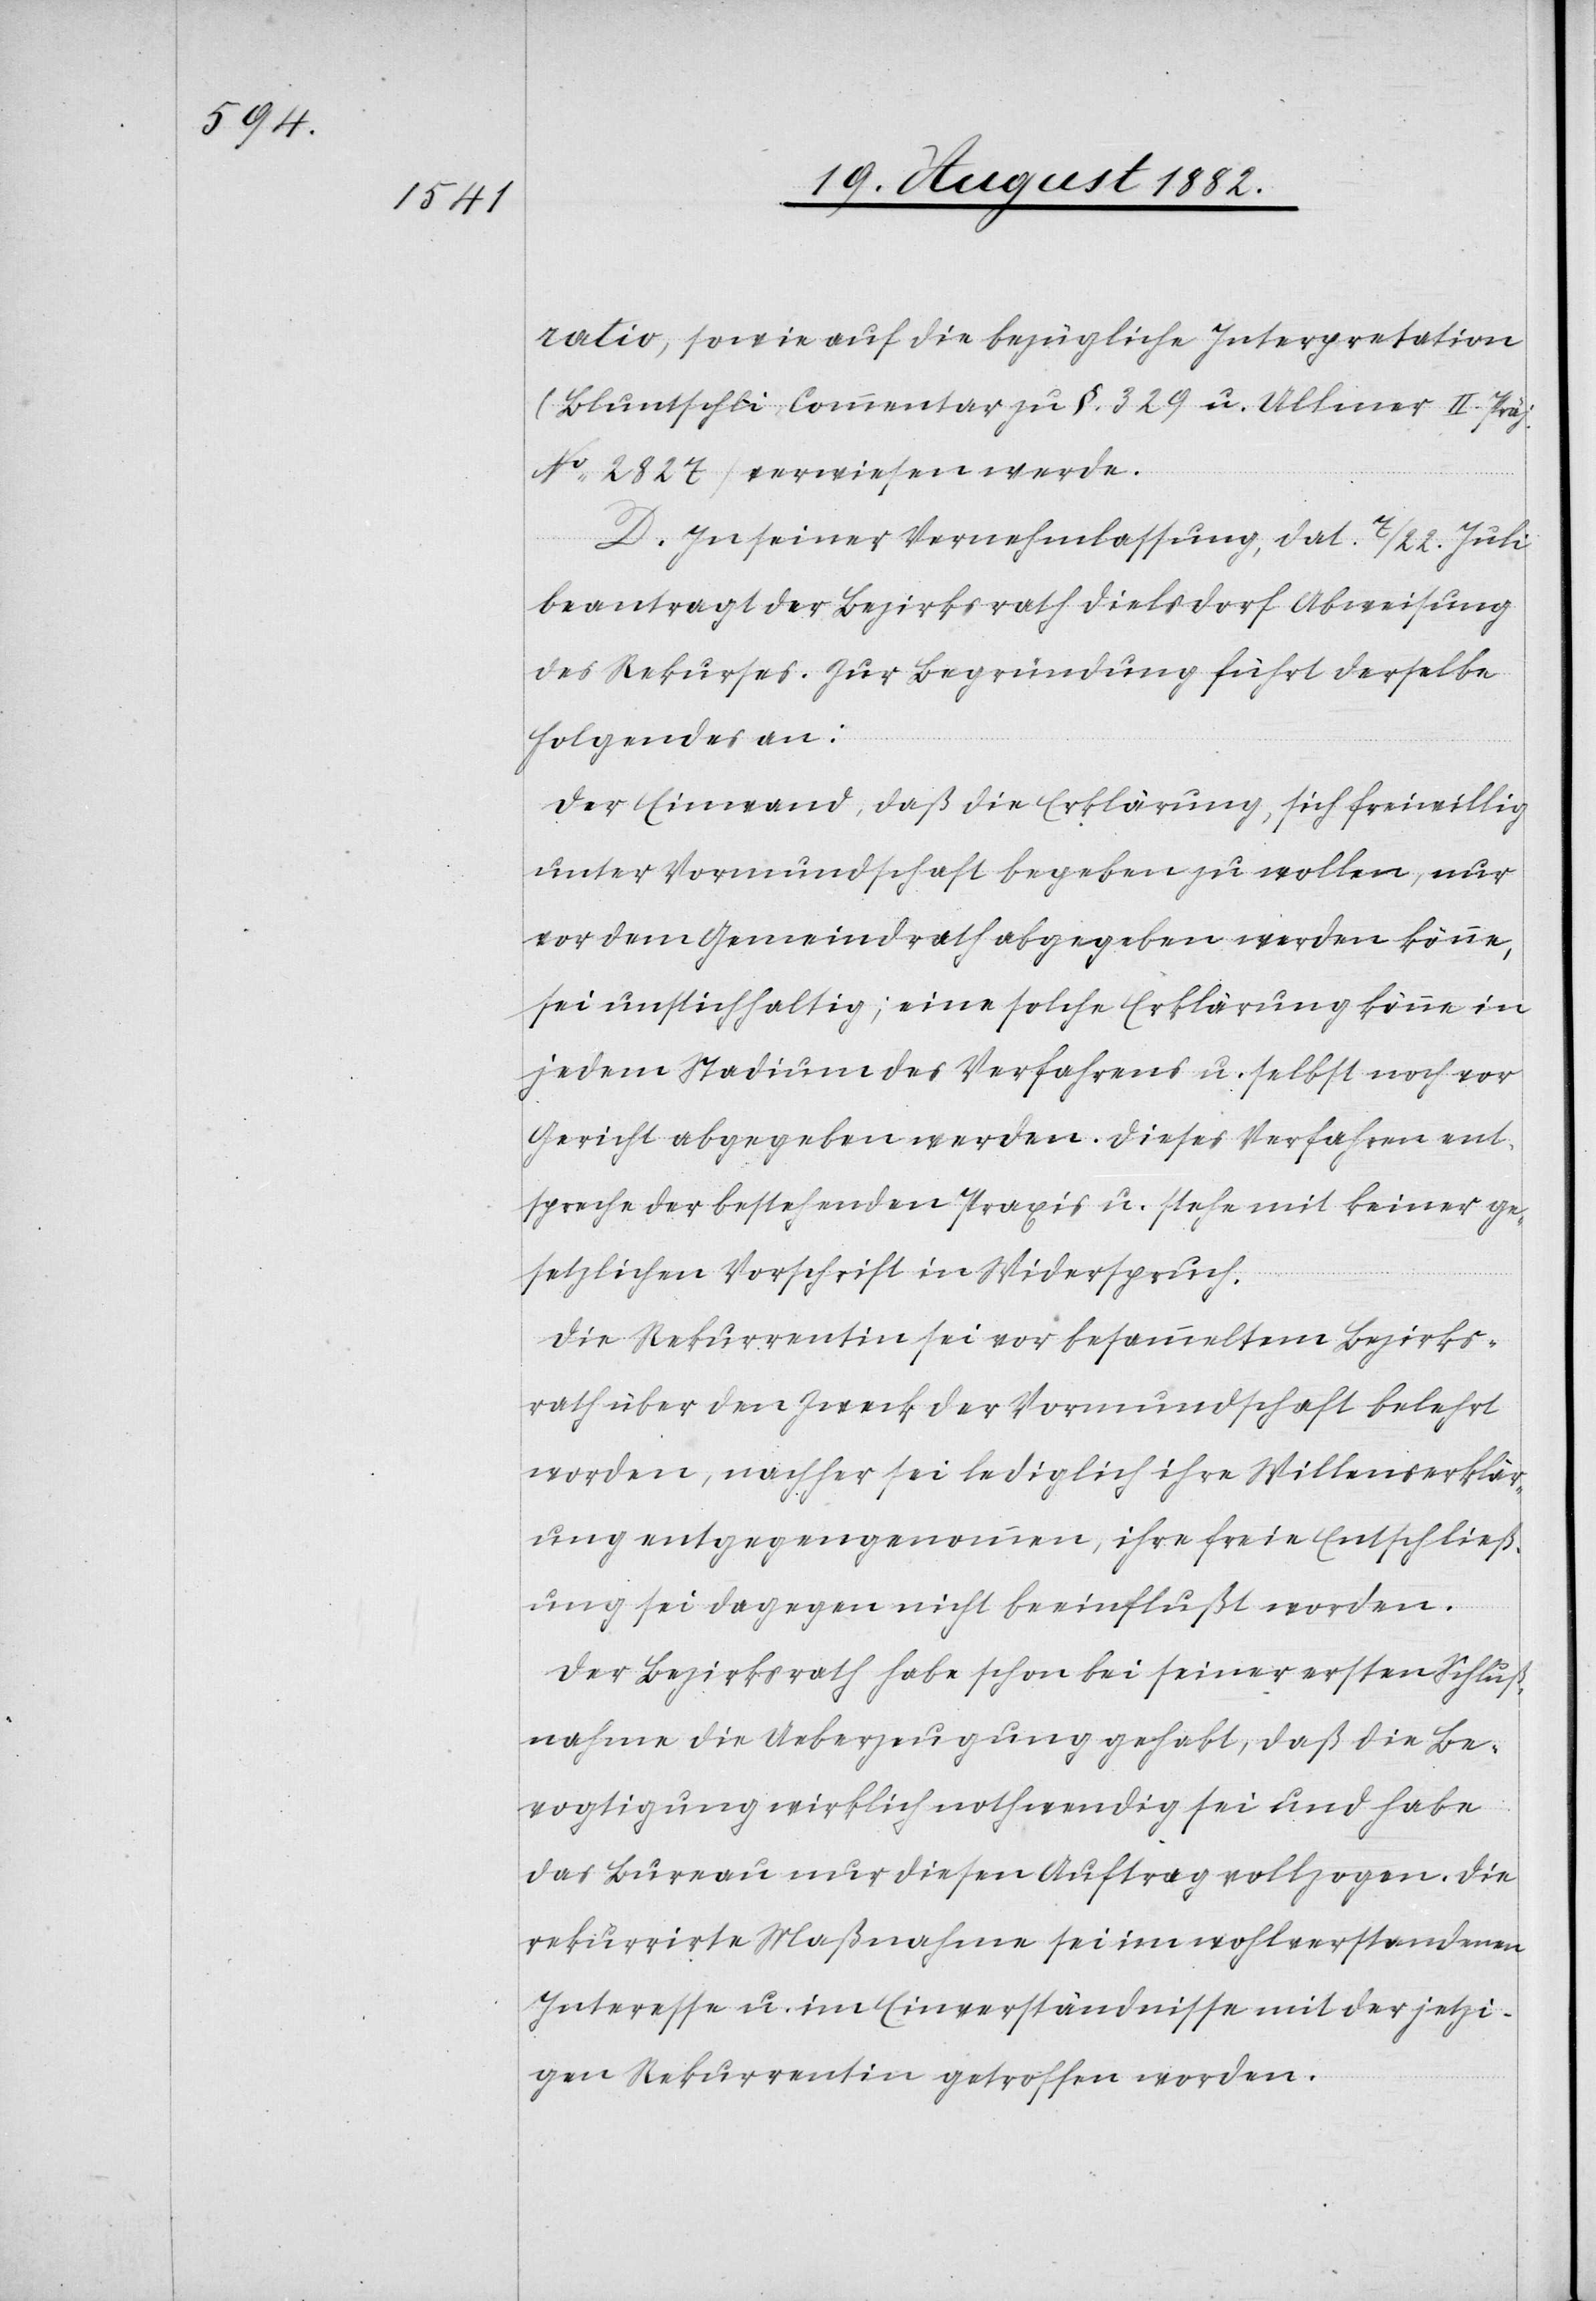
ratio, sowie auf die bezügliche Interpretation
(Bluntschli, Commentar zu §. 329 u. Ullmer II. Präj.
No 2827) verwiesen werde.
D. In seiner Vernehmlassung, dat. 7./22. Juli
beantragt der Bezirksrath Dielsdorf Abweisung
des Rekurses. Zur Begründung führt derselbe
Folgendes aus:
Der Einwand, daß die Erklärung, sich freiwillig
unter Vormundschaft begeben zu wollen, nur
vor dem Gemeindrath abgegeben werden könne,
sei unstichhaltig; eine solche Erklärung könne in
jedem Stadium des Verfahrens u. selbst noch vor
Gericht abgegeben werden. Dieses Verfahren ent¬
spreche der bestehenden Praxis u. steht mit keiner ge¬
setzlichen Vorschrift in Widerspruch.
Die Rekurrentin sei vor besammeltem Bezirks¬
rath über den Zweck der Vormundschaft belehrt
worden, nachher sei lediglich ihre Willenserklär¬
ung entgegengenommen, ihre freie Entschließ¬
ung sei dagegen nicht beeinflußt worden.
Der Bezirksrath habe schon bei seiner ersten Schluß¬
nahme die Ueberzeugung gehabt, daß die Be¬
vogtigung wirklich nothwendig sei und habe
das Bureau nur diesen Auftrag vollzogen. Die
rekurrirte Maßnahme sei im wohlverstandenen
Interesse u. im Einverständnisse mit der jetzi¬
gen Rekurrentin getroffen worden.